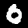
Digit: 0